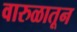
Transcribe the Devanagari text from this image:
वारुळातून